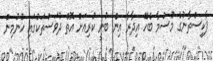
ޕާކިސްތާނުގެ މޫސުމާ ބެހޭ އިދާރާ އިން ބުނީ ކުރިއަށް އޮތް ދުވަސްތަކުގައި ހޫނުމިން